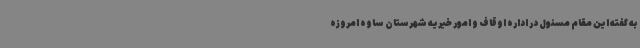
به گفته این مقام مسئول در اداره اوقاف و امور خیریه شهرستان ساوه امروزه